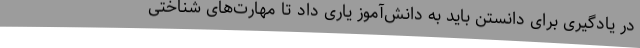
در یادگیری برای دانستن باید به دانش‌آموز یاری داد تا مهارت‌های شناختی